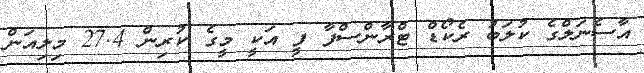
އާސެނަލްގެ ކުލަބު ރެކޯޑް ޓްރާންސްފާ ފީ އަކީ މީގެ ކުރިން 27.4 މިލިއަން